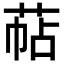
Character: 萜